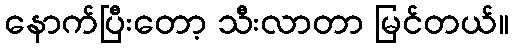
နောက်ပြီးတော့ သီးလာတာ မြင်တယ်။